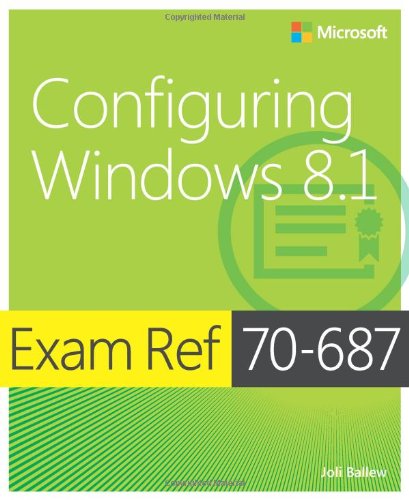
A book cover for Exam Ref 70-687 Configuring Windows 8.1 (MCSA); Joli Ballew; Computers & Technology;